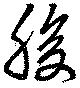
腹